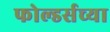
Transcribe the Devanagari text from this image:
फोल्डर्सच्या